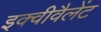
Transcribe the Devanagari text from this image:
इक्वीवैलेंट